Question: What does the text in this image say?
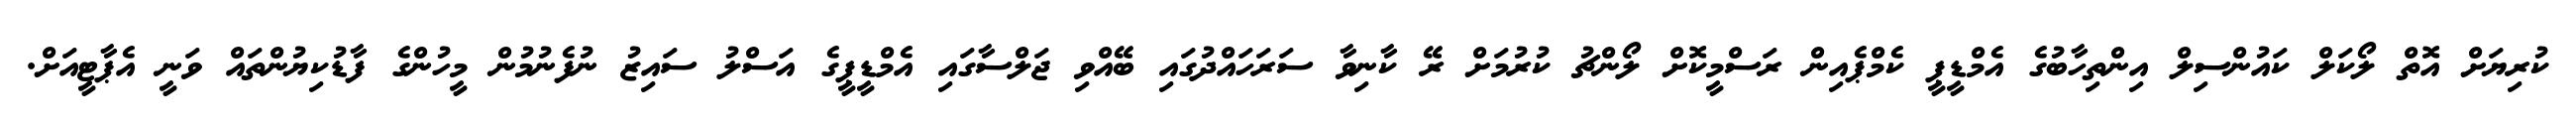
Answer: ކުރިޔަށް އޮތް ލޯކަލް ކައުންސިލް އިންތިހާބުގެ އެމްޑީޕީ ކެމްޕެއިން ރަސްމީކޮށް ލޯންޗު ކުރުމަށް ރޭ ކާނިވާ ސަރަހައްދުގައި ބޭއްވި ޖަލްސާގައި އެމްޑީޕީގެ އަސްލު ސައިޒު ނުފެނުމުން މީހުންގެ ފާޑުކިޔުންތައް ވަނީ އެޕާޓީއަށް.